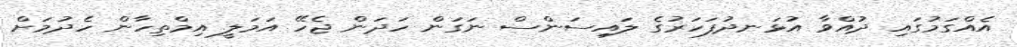
އެއްގަމުގައި ދުއްވާ އުޅަނދުފަހަރުގެ ލައިސަންސް ނަގަން ހަދަން ޖެހޭ އަމަލީ އިމްތިހާން ހެދުމަށް